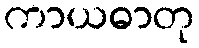
ကာယဓာတု